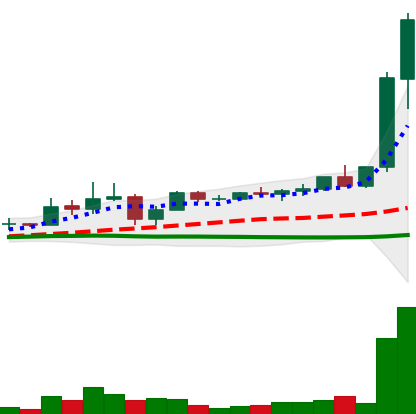
Ticker: XRP-USD
Chart end date: 2021-04-06
Forward return: 24.106%
Label: up_7plus